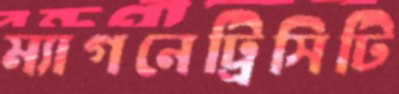
ম্যাগনেট্রিসিটি